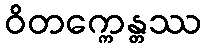
ဝိတက္ကေန္တဿ